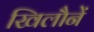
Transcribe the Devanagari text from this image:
खिलौनें